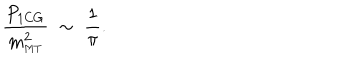
LaTeX: \frac { P _ { \mathrm { 1 C G } } } { m _ { \mathrm { \scriptscriptstyle { M T } } } ^ { 2 } } \; \sim \; \frac { 1 } { \pi } .